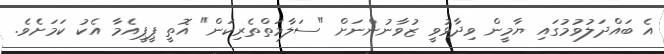
އެ ބައްދަލުވުމުގައި ޔާމީން ވިދާޅުވީ ޒުވާނުންނަށް "ސަލާމަތްތެރިކަން" އޮތީ ޕީޕީއެމާ އެކު ކަމަށެވެ.